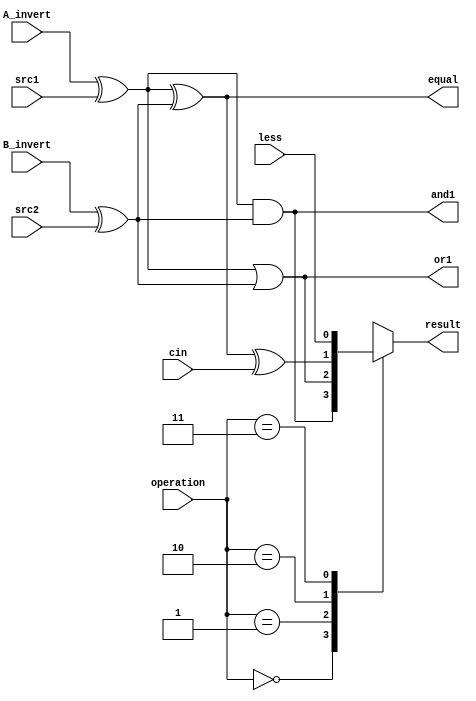
`timescale 1ns/1ps

//Name 
//Student ID 0716221

module alu_top(
               src1,       //1 bit source 1 (input)
               src2,       //1 bit source 2 (input)
               less,       //1 bit less     (input)
               A_invert,   //1 bit A_invert (input)
               B_invert,   //1 bit B_invert (input)
               cin,        //1 bit carry in (input)
               operation,  //operation      (input)
               result,     //1 bit result   (output)
             //cout,       //1 bit carry out(output)
               and1,       //1 bit 
               or1,        //1 bit 
			   equal,      //1 bit equal
               );

   input         src1;
   input         src2;
   input         less;
   input 	 	 A_invert;
   input         B_invert;
   input         cin;
   input [2-1:0] operation;

   output        result;
 //output 	 	 cout;

   reg 		 	 result;
   output        and1, or1;    
   
   wire 	 AND, OR, ADD;
   wire 	 in1,in2;
   output 	 equal;	 
   
   assign src_in1 = A_invert ^ src1;
   assign src_in2 = B_invert ^ src2;

   assign equal = src_in1 ^ src_in2;
   
   assign AND = src_in1 & src_in2; 					//and1
   assign OR  = src_in1 | src_in2; 					//or1
   assign ADD = equal ^ cin;
   

   assign and1 = AND;
   assign or1 = OR;
   
   always@( * )
     begin
	case (operation)
	  2'b00 : result = AND;
	  2'b01 : result = OR;
	  2'b10 : result = ADD;
	  2'b11 : result = less;
	endcase
	
     end

endmodule